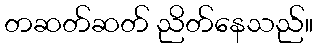
တဆတ်ဆတ် ညိတ်နေသည်။